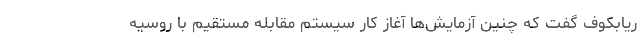
ریابکوف گفت که چنین آزمایش‌ها آغاز کار سیستم مقابله مستقیم با روسیه